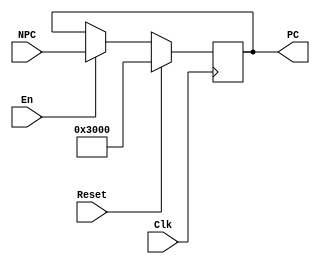
`timescale 1ns / 1ps
//////////////////////////////////////////////////////////////////////////////////
// Company: 
// Engineer: 
// 
// Design Name: 
// Module Name:    pc 
// Project Name: 
// Target Devices: 
// Tool versions: 
// Description: 
//
// Dependencies: 
//
// Revision: 
// Revision 0.01 - File Created
// Additional Comments: 
//
//////////////////////////////////////////////////////////////////////////////////
module pc(
    input [31:0] NPC,
    input Clk,
    input Reset,
    input En,
    output reg [31:0] PC
    );

	initial begin
		PC = 32'h0000_3000;
	end
	
	always @(posedge Clk) begin
		if (Reset) begin
			PC = 32'h0000_3000;
		end else begin
			if (En) begin
				PC = NPC;
			end
		end
	end

endmodule